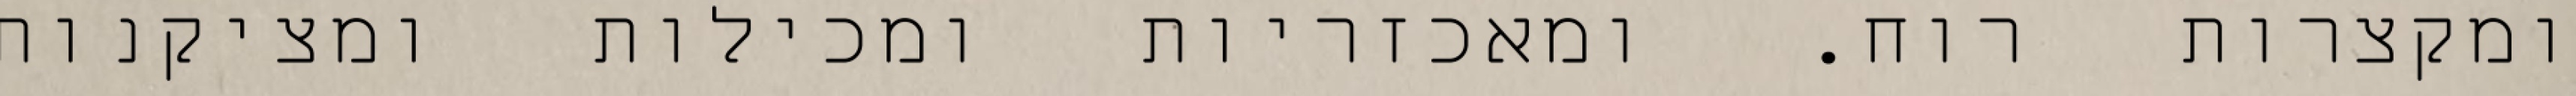
ומקצרות רוח. ומאכזריות ומכילות ומציקנות